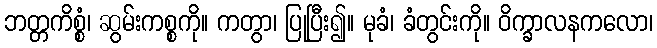
ဘတ္တကိစ္စံ၊ ဆွမ်းကစ္စကို။ ကတွာ၊ ပြုပြီး၍။ မုခံ၊ ခံတွင်းကို။ ဝိက္ခာလနကလော၊